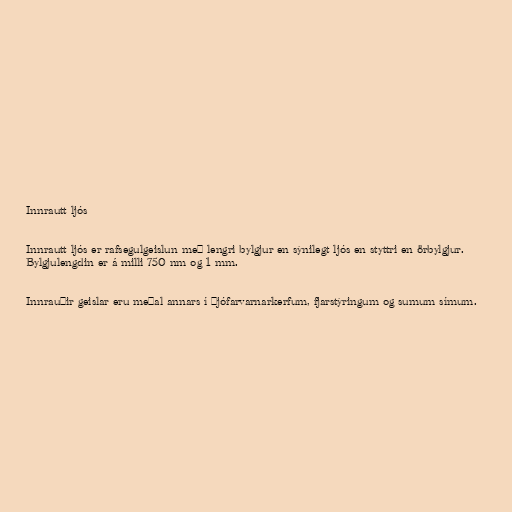
Innrautt ljós

Innrautt ljós er rafsegulgeislun með lengri bylgjur en sýnilegt ljós en styttri en örbylgjur.
Bylgjulengdin er á milli 750 nm og 1 mm.

Innrauðir geislar eru meðal annars í þjófarvarnarkerfum, fjarstýringum og sumum símum.